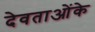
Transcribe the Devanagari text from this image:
देवताओंके